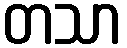
တသာ